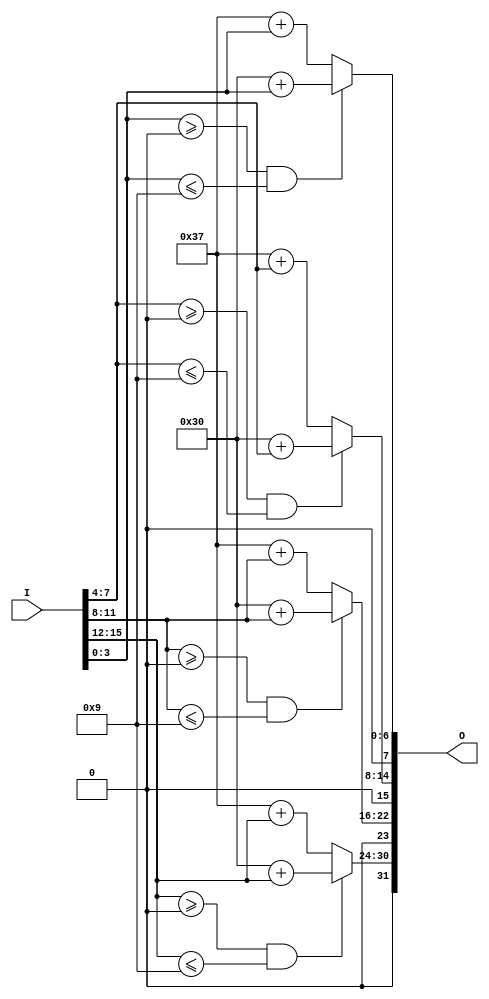
module bin2ascii(
    input [NBYTES*8-1:0] I,
    output reg [NBYTES*16-1:0] O=0
    );
    parameter NBYTES=2;
    genvar i;
    generate for (i=0; i<NBYTES*2; i=i+1)
        always@(I)
        if (I[4*i+3:4*i] >= 4'h0 && I[4*i+3:4*i] <= 4'h9)
            O[8*i+7:8*i] = 8'd48 + I[4*i+3:4*i];
        else
            O[8*i+7:8*i] = 8'd55 + I[4*i+3:4*i];
    endgenerate
endmodule